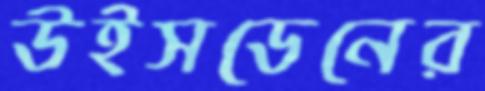
উইসডেনের